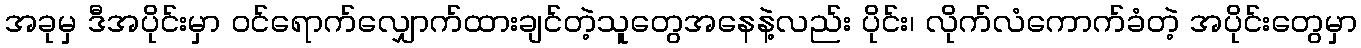
အခုမှ ဒီအပိုင်းမှာ ဝင်ရောက်လျှောက်ထားချင်တဲ့သူတွေအနေနဲ့လည်း ပိုင်း၊ လိုက်လံကောက်ခံတဲ့ အပိုင်းတွေမှာ